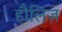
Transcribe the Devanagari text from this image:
हौलिज़